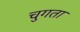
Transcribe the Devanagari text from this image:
चुगता